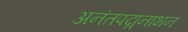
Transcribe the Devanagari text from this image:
अनंतपद्मनाभन